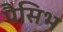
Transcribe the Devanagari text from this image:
पैसिभ